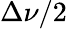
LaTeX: \Delta\nu/2